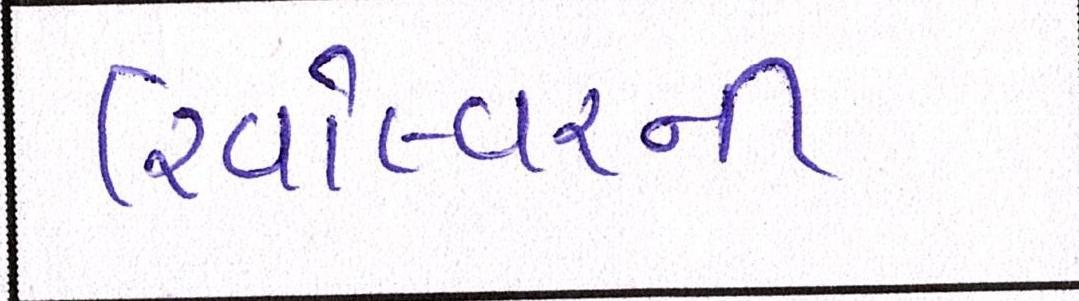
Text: રિવોલ્વરની